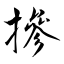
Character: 摻